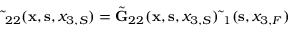
\tilde { \bf \Gamma } _ { 2 2 } ( { \bf x } , { \bf s } , x _ { 3 , S } ) = \tilde { \bf G } _ { 2 2 } ( { \bf x } , { \bf s } , x _ { 3 , S } ) \tilde { \bf \Delta } _ { 1 } ( { \bf s } , x _ { 3 , F } )